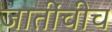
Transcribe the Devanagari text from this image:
जातींचीच